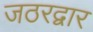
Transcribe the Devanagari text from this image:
जठरद्वार